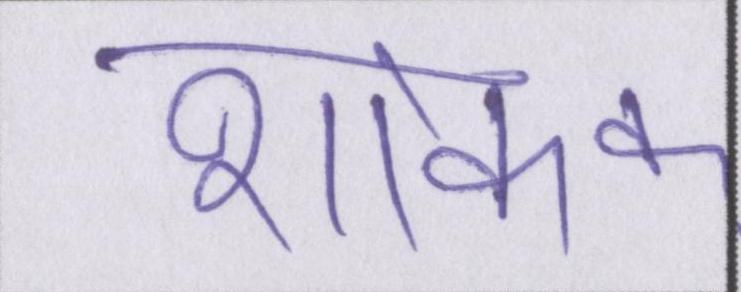
शोक।